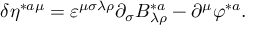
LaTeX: \delta \eta ^ { * a \mu } = \varepsilon ^ { \mu \sigma \lambda \rho } \partial _ { \sigma } B _ { \lambda \rho } ^ { * a } - \partial ^ { \mu } \varphi ^ { * a } .